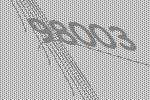
98003